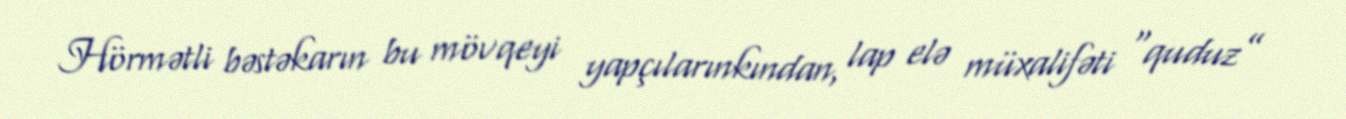
Hörmətli bəstəkarın bu mövqeyi yapçılarınkından, lap elə müxalifəti “quduz”